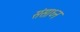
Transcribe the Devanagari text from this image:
संसाध्न